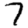
Digit: 7